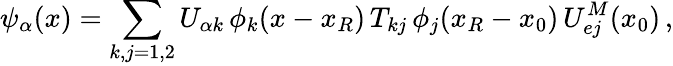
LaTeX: \psi_{\alpha}(x)=\sum_{k,j=1,2}U_{{\alpha}k}\, \phi_{k}(x-x_{R})\, T_{kj}\, \phi_{j}(x_{R}-x_{0})\, U_{ej}^{M}(x_{0})\, ,